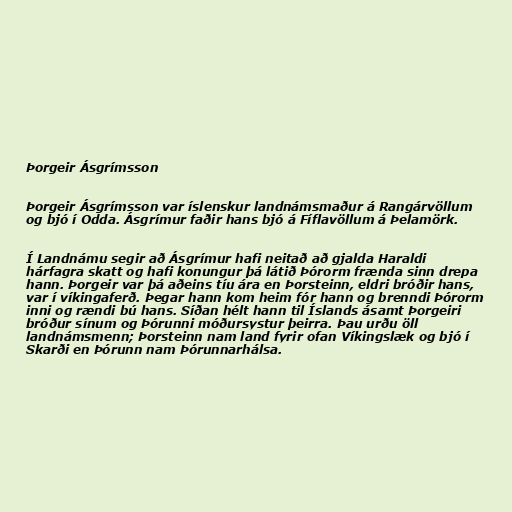
Þorgeir Ásgrímsson

Þorgeir Ásgrímsson var íslenskur landnámsmaður á Rangárvöllum
og bjó í Odda. Ásgrímur faðir hans bjó á Fíflavöllum á Þelamörk.

Í Landnámu segir að Ásgrímur hafi neitað að gjalda Haraldi
hárfagra skatt og hafi konungur þá látið Þórorm frænda sinn drepa
hann. Þorgeir var þá aðeins tíu ára en Þorsteinn, eldri bróðir hans,
var í víkingaferð. Þegar hann kom heim fór hann og brenndi Þórorm
inni og rændi bú hans. Síðan hélt hann til Íslands ásamt Þorgeiri
bróður sínum og Þórunni móðursystur þeirra. Þau urðu öll
landnámsmenn; Þorsteinn nam land fyrir ofan Víkingslæk og bjó í
Skarði en Þórunn nam Þórunnarhálsa.